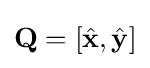
\mathbf {Q} =\left[{\hat {\mathbf {x} }},{\hat {\mathbf {y} }}\right]